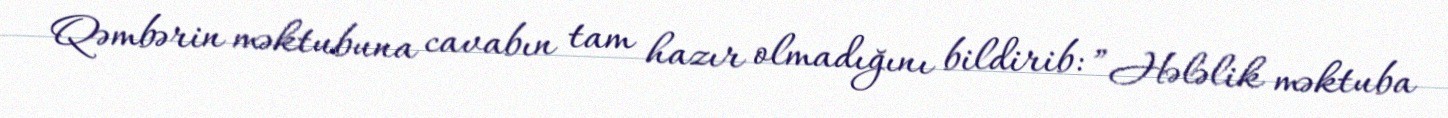
Qəmbərin məktubuna cavabın tam hazır olmadığını bildirib: ”Hələlik məktuba